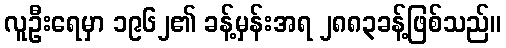
လူဦးရေမှာ ၁၉၆၂၏ ခန့်မှန်းအရ ၂၈၈၃ခန့်ဖြစ်သည်။